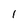
Character: l